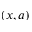
( x , a )